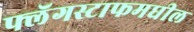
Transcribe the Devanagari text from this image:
फ्लॅगस्टाफमधील